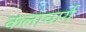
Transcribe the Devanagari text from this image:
कलाचार्य